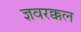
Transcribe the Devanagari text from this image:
ज्ञवरक्कल